Materia medica of Madras volume I
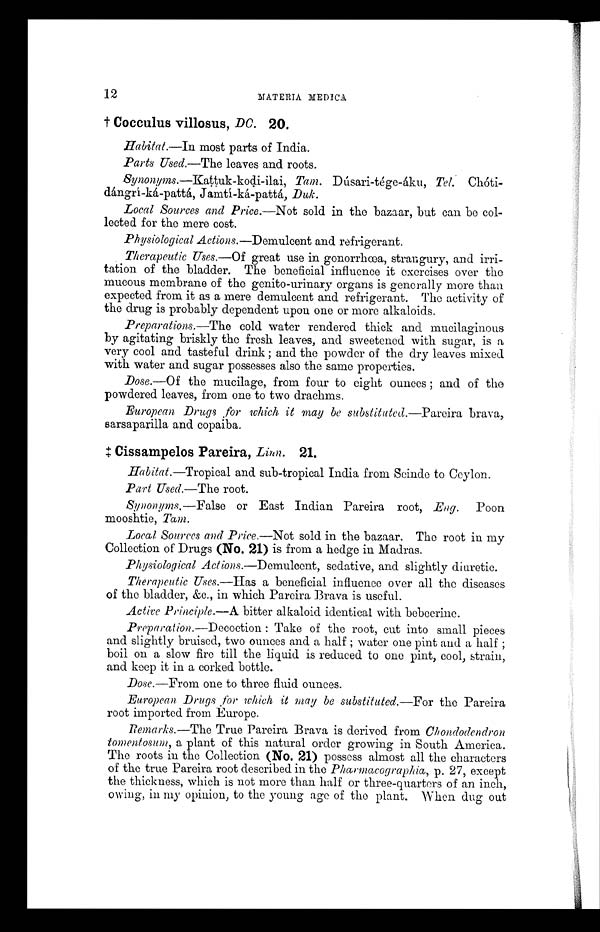
12
MATERIA MEDICA
†C
o c c u l u s v i l l o s u s ,
D C .2
0 .
Habitat.—In most parts of India.
Parts Used.—The leaves and roots.
Synonyms.—Kattuk-kodi-ilai, Tam. Dúsari-tége-áku, Tel.
Chóti-dángrí-ká-pattá, Jamtí-ká-pattá, Duk.
Local Sources and Price.—Not sold in the bazaar, but can be col-
lected for the mere cost.
Physiological Actions.—Demulcent and refrigerant.
Therapeutic Uses.—Of great use in gonorrhœa, strangury, and irri-
tation of the bladder. The beneficial influence it exercises over the
mucous membrane of the genito-urinary organs is generally more than
expected from it as a mere demulcent and refrigerant. The activity of
the drug is probably dependent upon one or more alkaloids.
Preparations.—The cold water rendered thick and mucilaginous
by agitating briskly the fresh leaves, and sweetened with sugar, is a
very cool and tasteful drink ; and the powder of the dry leaves mixed
with water and sugar possesses also the same properties.
Dose.—Of the mucilage, from four to eight ounces ; and of the
powdered leaves, from one to two drachms.
European Drugs , for which it may be substituted.—Pareira brava,
sarsaparilla and copaiba.
‡ Cissampelos Pareira, Linn. 21.
Habitat.—Tropical and sub-tropical India from Seinde to Ceylon.
Part Used.—The root.
Synonyms.—False or East Indian Pareira root, Eng. Poon
mooshtie, Tam.
Local Sources and Price.—Not sold in the bazaar. The root in my
Collection of Drugs (No. 21) is from a hedge in Madras.
Physiological Actions.—Demulcent, sedative, and slightly diuretic.
Therapeutic Uses.—Has a beneficial influence over all the diseases
of the bladder, &c., in which Pareira Brava is useful.
Active Principle.—A bitter alkaloid identical with bebeerine.
Preparation.—Decoction : Take of the root, cut into small pieces
and slightly bruised, two ounces and a half ; water one pint and a half ;
boil on a slow fire till the liquid is reduced to one pint, cool, strain,
and keep it in a corked bottle.
Dose.—From one to three fluid ounces.
European Drugs Mfor which it may be substituted.—For the Pareira
root imported from Europe.
Remarks.—The True Pareira Brava is derived from Chondodendron
tomentosum, a plant of this natural order growing in South America.
The roots in the Collection (No. 21) possess almost all the characters
of the true Pareira root described in the Pharmacographia, p. 27, except
the thickness, which is not more than half or three-quarters of an inch,
owing, in my opinion, to the young age of the plant. When dug out